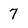
Character: 7